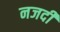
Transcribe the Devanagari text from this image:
नजदी